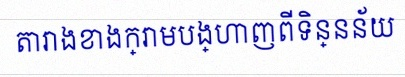
តារាងខាងក្រោមបង្ហាញពីទិន្នន័យ